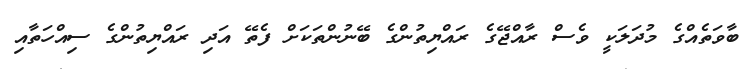
ބާވަތެއްގެ މުދަލަކީ ވެސް ރާއްޖޭގެ ރައްޔިތުންގެ ބޭނުންތަކަށް ފެތޭ އަދި ރައްޔިތުންގެ ސިއްހަތާއި